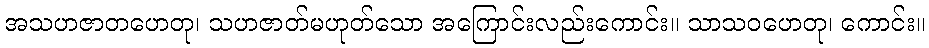
အသဟဇာတဟေတု၊ သဟဇာတ်မဟုတ်သော အကြောင်းလည်းကောင်း။ သာသဝဟေတု၊ ကောင်း။